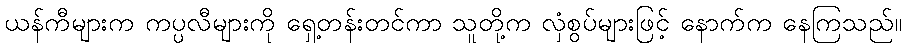
ယန်ကီများက ကပ္ပလီများကို ရှေ့တန်းတင်ကာ သူတို့က လှံစွပ်များဖြင့် နောက်က နေကြသည်။